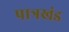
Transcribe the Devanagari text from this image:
पात्रखंड